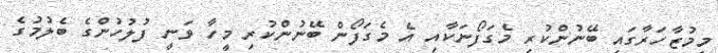
މިމުޒާހަރާގައި ބޭނުންކުރި މެގަފޯނަކާއި އެ މެގަފޯން ބޭނުންކުރި މީހާ ވަނީ ފުލުހުންގެ ބެލުމުގެ